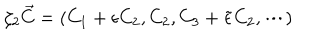
LaTeX: \zeta _ { 2 } \vec { C } = ( C _ { 1 } + \epsilon C _ { 2 } , C _ { 2 } , C _ { 3 } + \tilde { \epsilon } C _ { 2 } , \cdots )